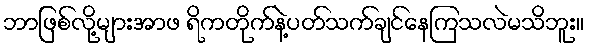
ဘာဖြစ်လို့များအာဖ ရိကတိုက်နဲ့ပတ်သက်ချင်နေကြသလဲမသိဘူး။